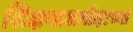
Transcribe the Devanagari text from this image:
शिक्षणाअगोदरच्या